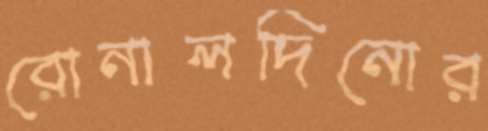
রোনালদিনোর